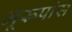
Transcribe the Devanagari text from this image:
भूरूपांस